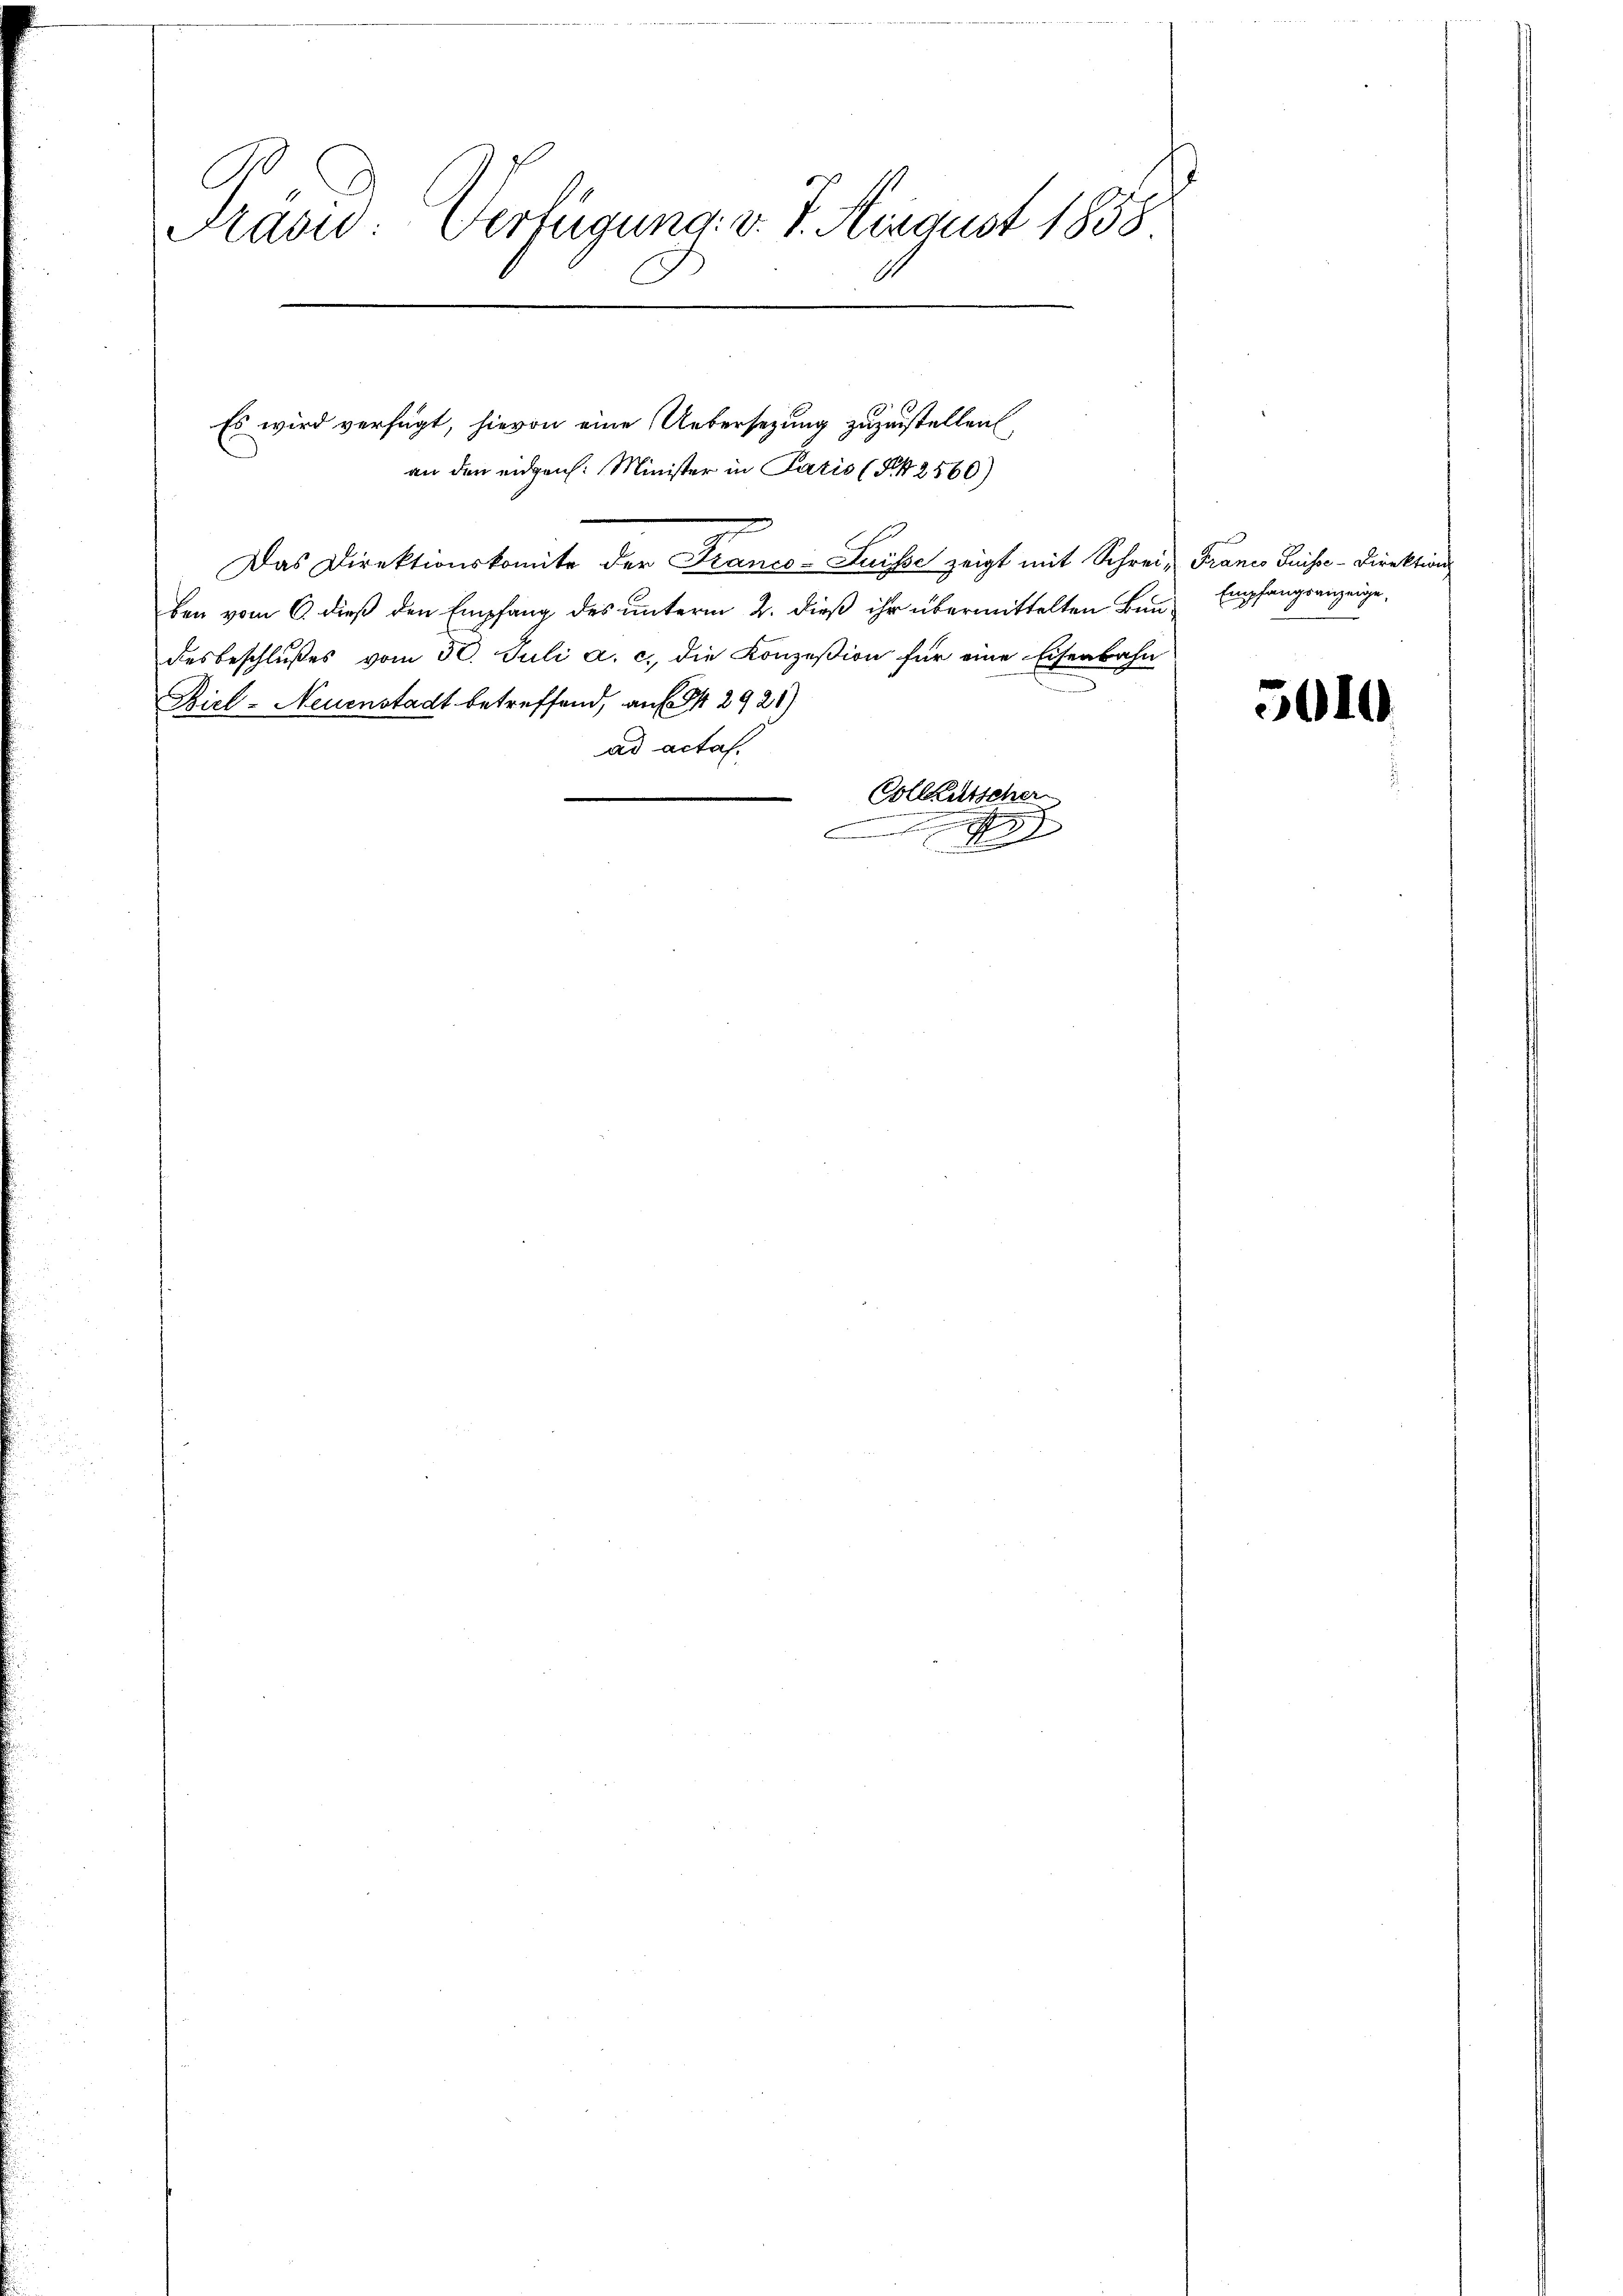
C
Frasw: Verfügung: v. 7. August 1858

Es wird verfügt, hievon eine Uebersetzung zuzustellen,
Das Direktionskomite der Franco- Suisse zeigt mit Schreiz Francs Preise-Direktion
ben vom 6. dieß den Empfang des unterm 2. dieß ihr übermittelten Bundesbeschlußes vom 30. Juli a. c. die Konzesion für eine Eisenbahn
Biel- Neuenstadt betreffend, auf S. 2921)
ad acta.
Collatischer
.
h
A

an den eidgen. Minister in Paris (Frk. 2560)

Empfangsanzeige,

5019